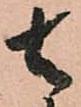
去